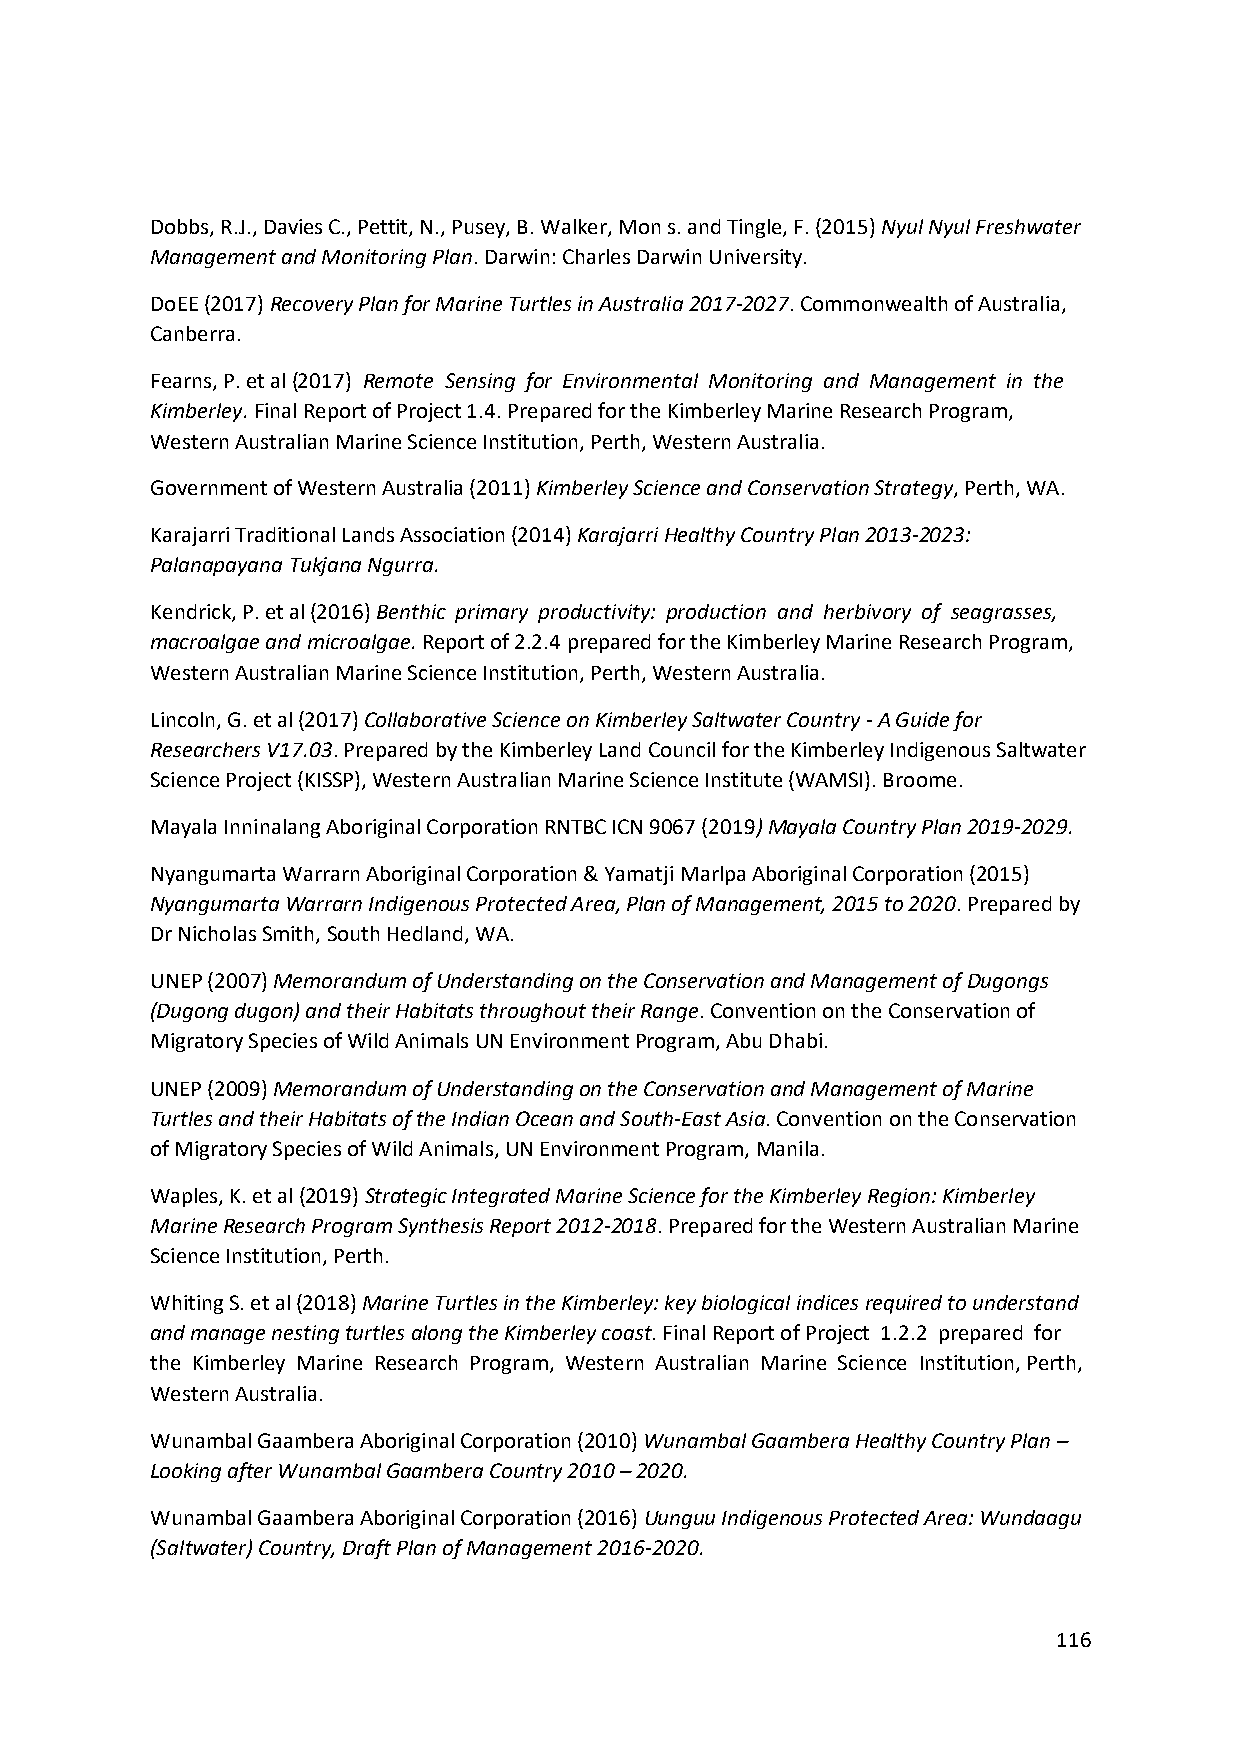
Dobbs, R.J., Davies C., Pettit, N., Pusey, B. Walker, Mon s. and Tingle, F. (2015) Nyul Nyul Freshwater
 Management and Monitoring Plan. Darwin: Charles Darwin University.
 DoEE (2017) Recovery Plan for Marine Turtles in Australia 2017-2027. Commonwealth of Australia,
 Canberra.
 Fearns, P. et al (2017) Remote Sensing for Environmental Monitoring and Management in the
 Kimberley. Final Report of Project 1.4. Prepared for the Kimberley Marine Research Program,
 Western Australian Marine Science Institution, Perth, Western Australia.
 Government of Western Australia (2011) Kimberley Science and Conservation Strategy, Perth, WA.
 Karajarri Traditional Lands Association (2014) Karajarri Healthy Country Plan 2013-2023:
 Palanapayana Tukjana Ngurra.
 Kendrick, P. et al (2016) Benthic primary productivity: production and herbivory of seagrasses,
 macroalgae and microalgae. Report of 2.2.4 prepared for the Kimberley Marine Research Program,
 Western Australian Marine Science Institution, Perth, Western Australia.
 Lincoln, G. et al (2017) Collaborative Science on Kimberley Saltwater Country - A Guide for
 Researchers V17.03. Prepared by the Kimberley Land Council for the Kimberley Indigenous Saltwater
 Science Project (KISSP), Western Australian Marine Science Institute (WAMSI). Broome.
 Mayala Inninalang Aboriginal Corporation RNTBC ICN 9067 (2019) Mayala Country Plan 2019-2029.
 Nyangumarta Warrarn Aboriginal Corporation & Yamatji Marlpa Aboriginal Corporation (2015)
 Nyangumarta Warrarn Indigenous Protected Area, Plan of Management, 2015 to 2020. Prepared by
 Dr Nicholas Smith, South Hedland, WA.
 UNEP (2007) Memorandum of Understanding on the Conservation and Management of Dugongs
 (Dugong dugon) and their Habitats throughout their Range. Convention on the Conservation of
 Migratory Species of Wild Animals UN Environment Program, Abu Dhabi.
 UNEP (2009) Memorandum of Understanding on the Conservation and Management of Marine
 Turtles and their Habitats of the Indian Ocean and South-East Asia. Convention on the Conservation
 of Migratory Species of Wild Animals, UN Environment Program, Manila.
 Waples, K. et al (2019) Strategic Integrated Marine Science for the Kimberley Region: Kimberley
 Marine Research Program Synthesis Report 2012-2018. Prepared for the Western Australian Marine
 Science Institution, Perth.
 Whiting S. et al (2018) Marine Turtles in the Kimberley: key biological indices required to understand
 and manage nesting turtles along the Kimberley coast. Final Report of Project 1.2.2 prepared for
 the Kimberley Marine Research Program, Western Australian Marine Science Institution, Perth,
 Western Australia.
 Wunambal Gaambera Aboriginal Corporation (2010) Wunambal Gaambera Healthy Country Plan –
 Looking after Wunambal Gaambera Country 2010 – 2020.
 Wunambal Gaambera Aboriginal Corporation (2016) Uunguu Indigenous Protected Area: Wundaagu
 (Saltwater) Country, Draft Plan of Management 2016-2020.
 116